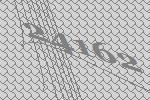
24162